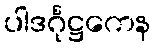
ပါဒင်္ဂုဋ္ဌကေန